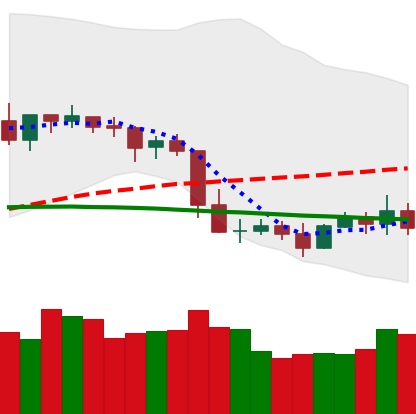
Ticker: XLM-USD
Chart end date: 2019-05-04
Forward return: -9.476%
Label: down_7plus